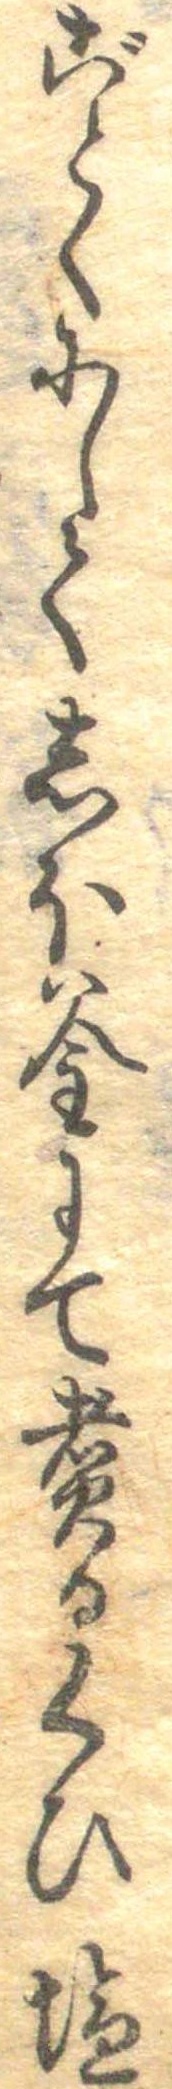
ごとくにしてしお釜にて煮るくひ塩